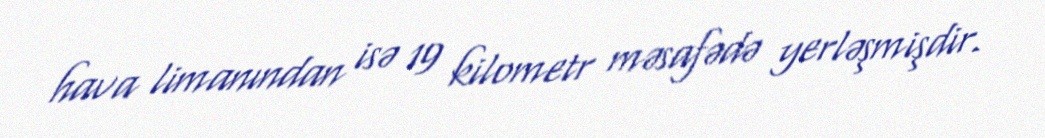
hava limanından isə 19 kilometr məsafədə yerləşmişdir.